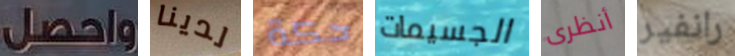
واحصل لدينا حكة الجسيمات أنظرى رانفير